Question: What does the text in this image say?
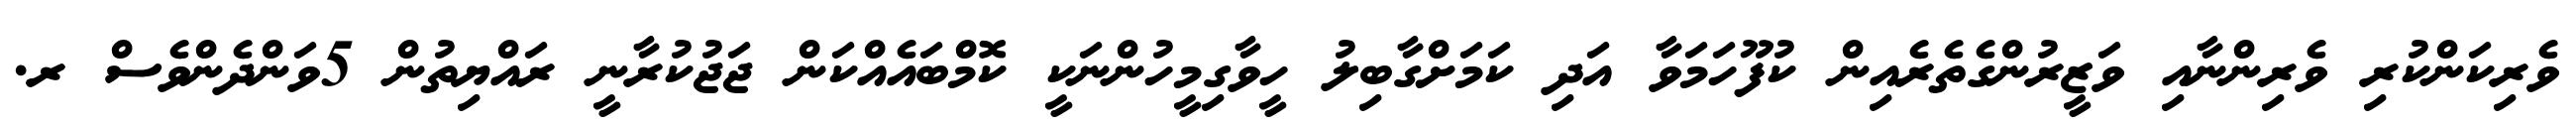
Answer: ވެރިކަންކުރި ވެރިންނާއި ވަޒީރުންގެތެރެއިން ކުފޫހަމަވާ އަދި ކަމަށްގާބިލު ހީވާގިމީހުންނަކީ ކޮމްބައެއްކަން ޖަޖުކުރާނީ ރައްޔިތުން 5ވަންދެންވެސް ރ.